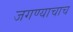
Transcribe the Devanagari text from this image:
जगण्याचाच